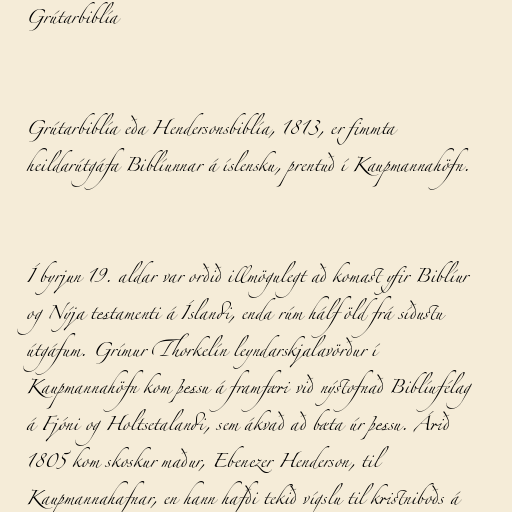
Grútarbiblía

Grútarbiblía eða Hendersonsbiblía, 1813, er fimmta
heildarútgáfa Biblíunnar á íslensku, prentuð í Kaupmannahöfn.

Í byrjun 19. aldar var orðið illmögulegt að komast yfir Biblíur
og Nýja testamenti á Íslandi, enda rúm hálf öld frá síðustu
útgáfum. Grímur Thorkelín leyndarskjalavörður í
Kaupmannahöfn kom þessu á framfæri við nýstofnað Biblíufélag
á Fjóni og Holtsetalandi, sem ákvað að bæta úr þessu. Árið
1805 kom skoskur maður, Ebenezer Henderson, til
Kaupmannahafnar, en hann hafði tekið vígslu til kristniboðs á